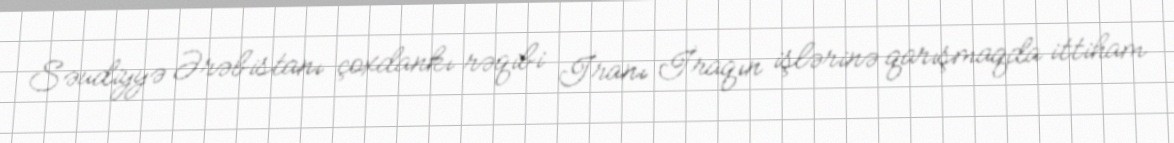
Səudiyyə Ərəbistanı çoxdankı rəqibi İranı İraqın işlərinə qarışmaqda ittiham